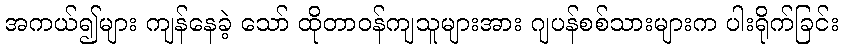
အကယ်၍များ ကျန်နေခဲ့ သော် ထိုတာဝန်ကျသူများအား ဂျပန်စစ်သားများက ပါးရိုက်ခြင်း